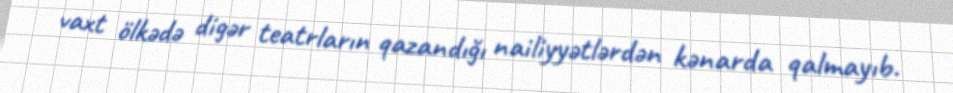
vaxt ölkədə digər teatrların qazandığı nailiyyətlərdən kənarda qalmayıb.